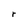
Character: r